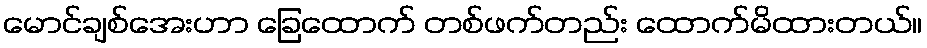
မောင်ချစ်အေးဟာ ခြေထောက် တစ်ဖက်တည်း ထောက်မိထားတယ်။